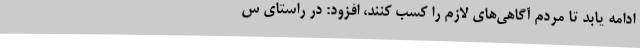
ادامه یابد تا مردم آگاهی‌های لازم را کسب کنند، افزود: در راستای س